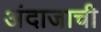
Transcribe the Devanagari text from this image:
अंदाजाची